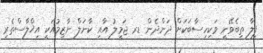
ފިލާ ތިބެވޭނީ ވަކިހިސާބަކަށް ދަންދެން ޑރ ޖަމީލު އާއި ކާނަލް ނާޒިމުއަކީ އިޚްލާސްތެރި